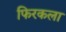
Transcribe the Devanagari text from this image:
फिरकला